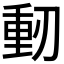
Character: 𠞕